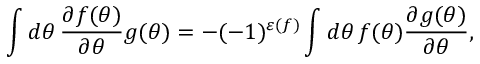
\int d \theta \, \frac { \partial f ( \theta ) } { \partial \theta } g ( \theta ) = - ( - 1 ) ^ { \varepsilon ( f ) } \int d \theta \, f ( \theta ) \frac { \partial g ( \theta ) } { \partial \theta } ,